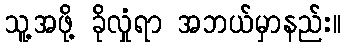
သူ့အဖို့ ခိုလှုံရာ အဘယ်မှာနည်း။